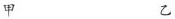
甲乙